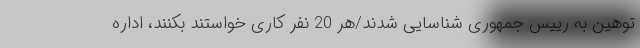
توهین به رییس جمهوری شناسایی شدند/هر 20 نفر کاری خواستند بکنند، اداره